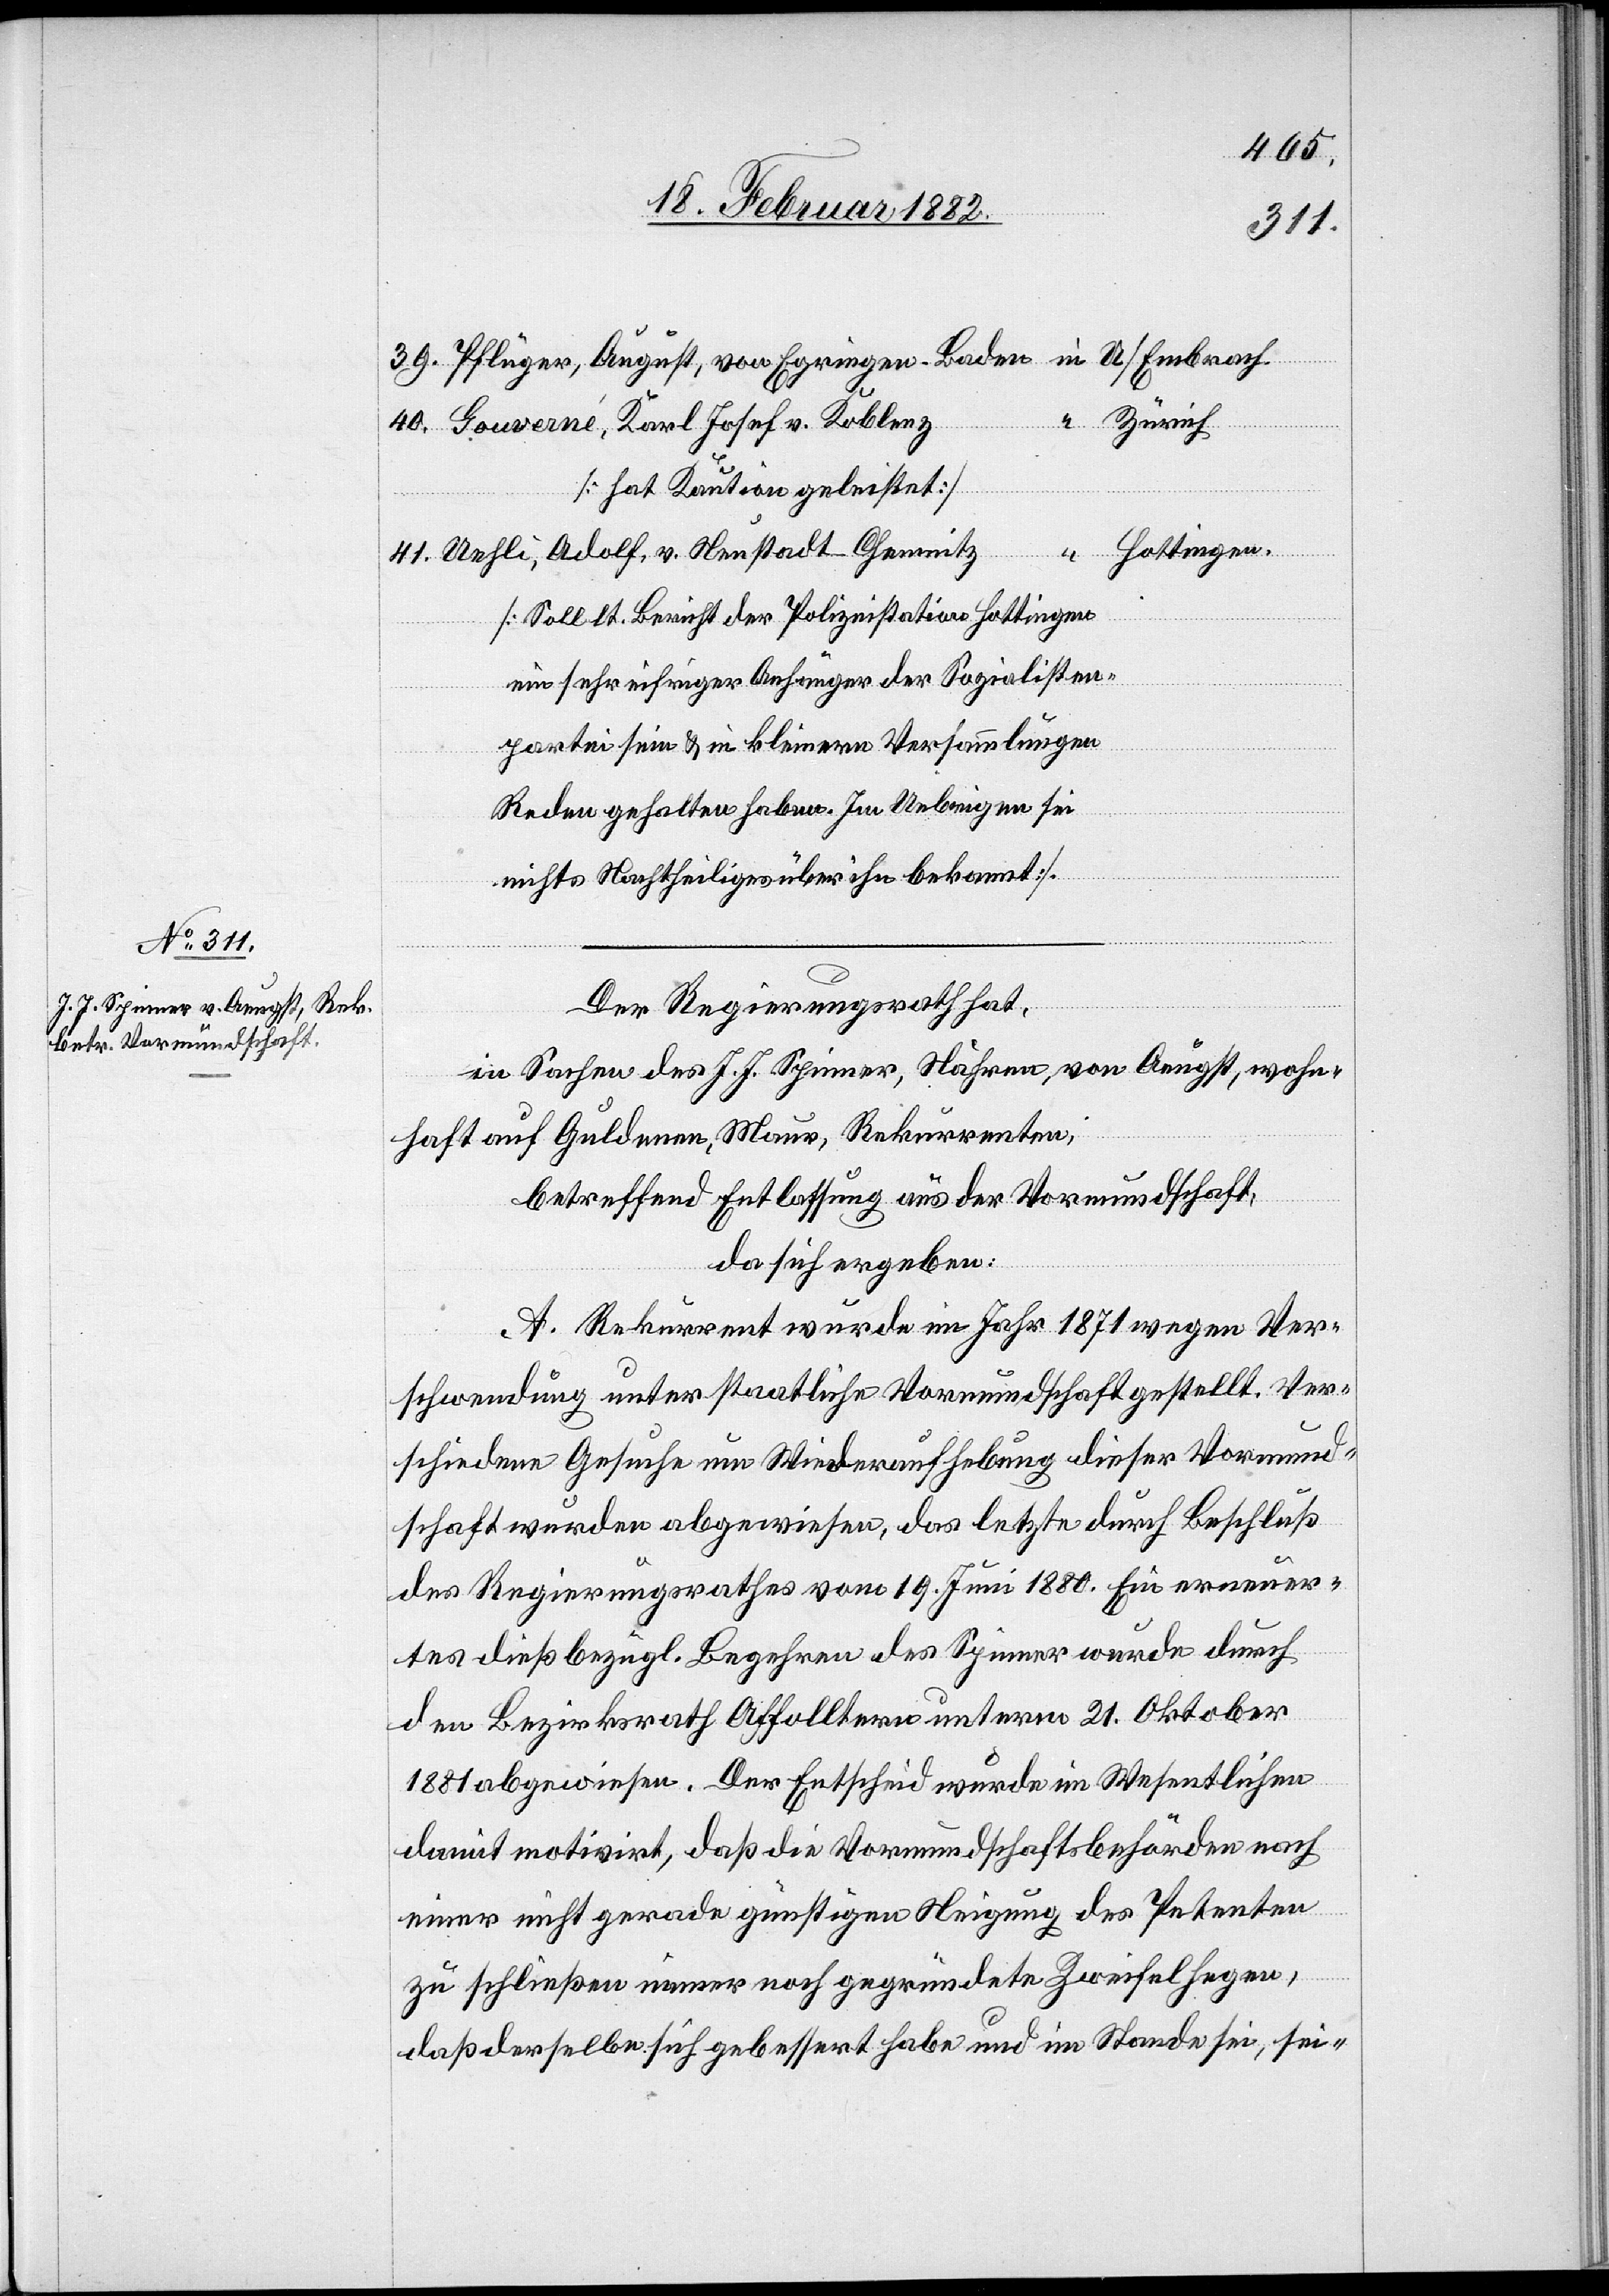
39.
Gouverné, Karl Josef v. Koblenz
Zürich.
“
Hottingen.
Uehli, Adolf, v. Neustadt - Chemnitz
41.
[Soll lt. Bericht der Polizeistation Hottingen
ein sehr eifriger Anhänger der Sozialisten¬
partei sein & in kleinern Versammlungen
Reden gehalten haben. Im Uebrigen sei
nicht Nachtheiliges über ihn bekannt].
Der Regierungsrath hat,
in Sachen des J. J. Spinner, Nähren, von Aeugst, wohn¬
haft auf Guldern, Maur, Rekurrenten;
betreffend Entlassung aus der Vormundschaft,
da sich ergeben:
A. Rekurrent wurde im Jahr 1871 wegen Ver¬
schwendung unter staatliche Vormundschaft gestellt. Ver¬
schiedene Gesuche um Wiederaufhebung dieser Vormund¬
schaft wurden abgewiesen, das letzte durch Beschluß
des Regierungsrathes vom 19. Juni 1880. Eine erneu¬
tes dießbezügl. Begehren des Spinner wurde durch
den Bezirksrath Affoltern unterm 21. Oktober
1881 abgewiesen. Der Entscheid wurde im Wesentlichen
damit motivirt, daß die Vormundschaftsbehörde nach
einer nicht gerade günstigen Neigung des Petenten
zu schließen einen noch gegründeten Zweifel hegen,
daß derselbe sich gebessert habe und im Stande sei, sei-